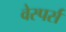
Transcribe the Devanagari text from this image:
वेस्पर्स